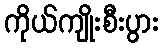
ကိုယ်ကျိုးစီးပွား